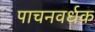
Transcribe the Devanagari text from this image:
पाचनवर्धक